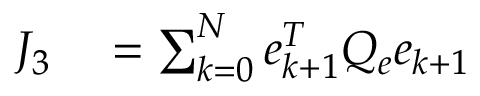
\begin{array} { r l } { J _ { 3 } } & { { } = \sum _ { k = 0 } ^ { N } e _ { k + 1 } ^ { T } Q _ { e } e _ { k + 1 } } \end{array}